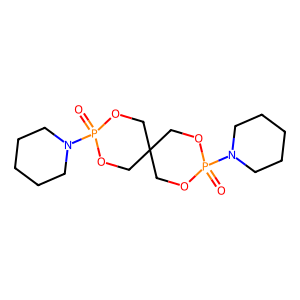
SMILES: O=P1(N2CCCCC2)OCC2(CO1)COP(=O)(N1CCCCC1)OC2
Inhibits HIV replication: No